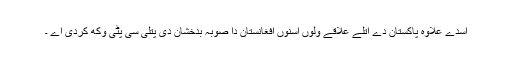
اسدے علاوہ پاکستان دے اتلے علاقے ولوں اسنوں افغانستان دا صوبہ بدخشان دی پتلی سی پٹی وکھ کردی اے ۔